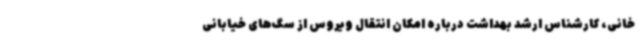
‌خانی، کارشناس ارشد بهداشت درباره امکان انتقال ویروس از سگ‌های خیابانی